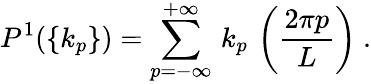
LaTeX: P^{1}(\{ k_{p}\} )=\sum_{p=-\infty}^{+\infty}\, k_{p}\, \left(\frac{2\pi p}{L}\right)\ .